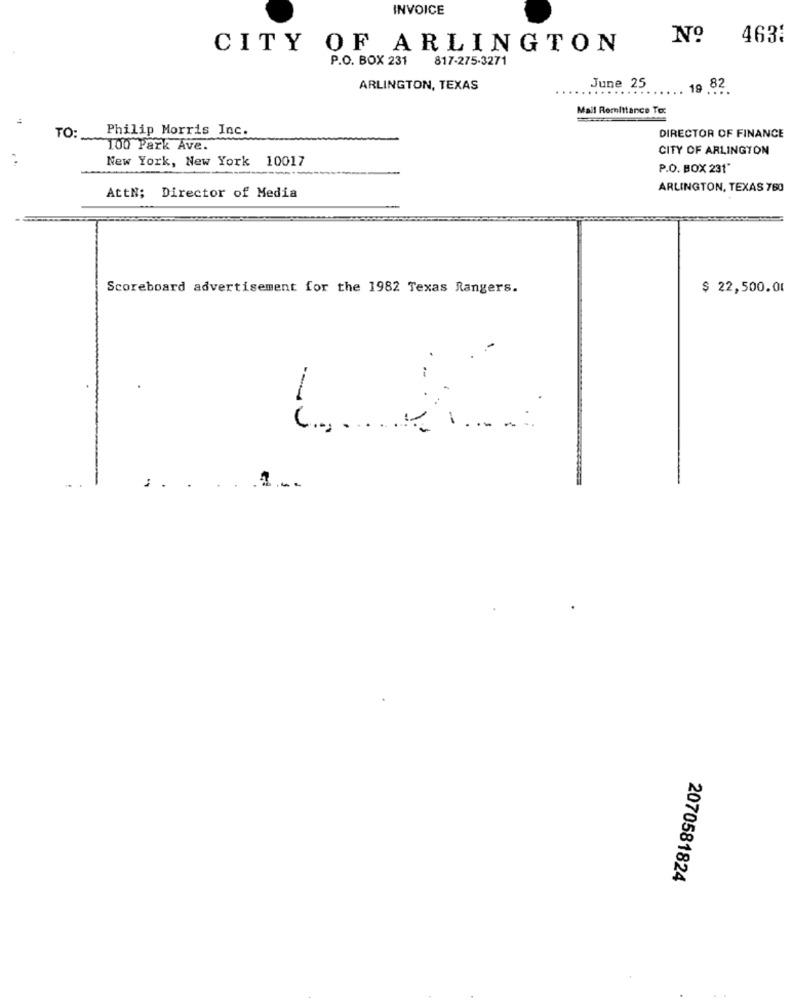
INVOICE
Nº
463:
CITY OF ARLINGTON
P.O. BOX 231 817-275-3271
June 25
ARLINGTON, TEXAS
.. 19 82
Mail Remittance To:
Philip Morris Inc.
TO:
DIRECTOR OF FINANCE
100 Park Ave.
CITY OF ARLINGTON
New York, New York 10017
P.O. BOX 231"
ARLINGTON, TEXAS 760
AttN; Director of Media
Scoreboard advertisement for the 1982 Texas Rangers.
$ 22,500.01
:.
2070581824